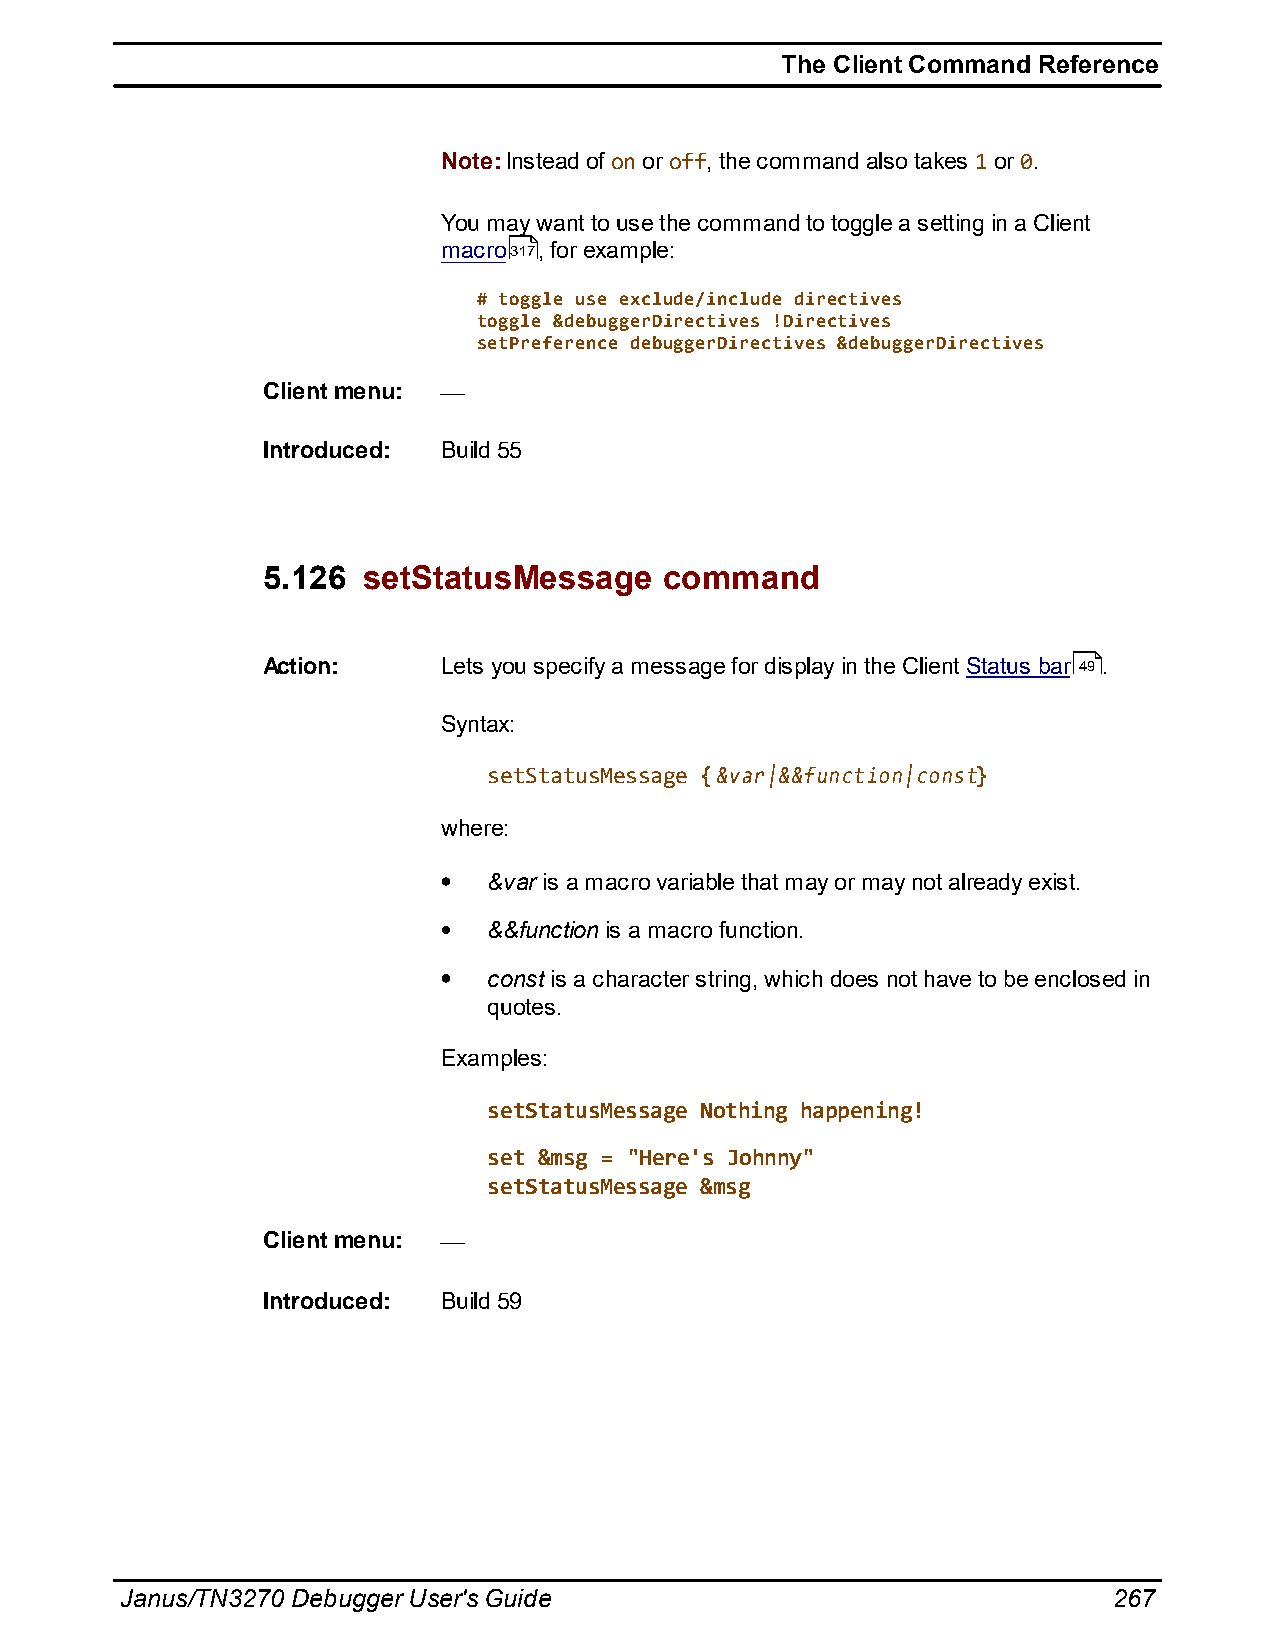
The Client Command Reference
 Note: Instead of on or off, the command also takes 1 or 0.
 You may want to use the command to toggle a setting in a Client
 macro317, for example:
 # toggle use exclude/include directives
 toggle &debuggerDirectives !Directives
 setPreference debuggerDirectives &debuggerDirectives
 Client menu:
 Introduced: Build 55
 5.126  setStatusMessage    command
 Action:     Lets you specify a message for display in the Client Status bar 49.
 Syntax:
 setStatusMessage {&var|&&function|const}
 where:
 &var is a macro variable that may or may not already exist.
 &&function is a macro function.
 const is a character string, which does not have to be enclosed in
 quotes.
 Examples:
 setStatusMessage Nothing happening!
 set &msg = "Here's Johnny"
 setStatusMessage &msg
 Client menu:
 Introduced: Build 59
 Janus/TN3270 Debugger User's Guide                                267